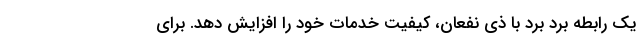
یک رابطه برد برد با ذی نفعان، کیفیت خدمات خود را افزایش دهد. برای